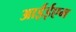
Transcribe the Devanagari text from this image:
आईईएम